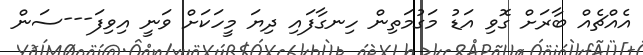
އެއްޗެއް ބާރަށް ގޮވި އަޑު މަގުމަތިން ހިނގާފައި ދިޔަ މީހަކަށް ވަނީ އިވިފަ---ސަން